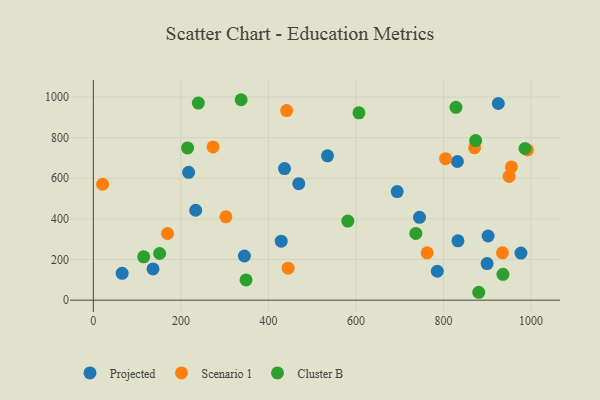
{"axis": {"x": "Ad Spend", "y": "Exam Score"}, "legend": ["Cluster B", "Projected", "Scenario 1"], "data": [{"x": "429.2", "y": 290.5, "type": "Projected"}, {"x": "345.1", "y": 217.4, "type": "Projected"}, {"x": "785.7", "y": 142.2, "type": "Projected"}, {"x": "832.9", "y": 291.9, "type": "Projected"}, {"x": "925.1", "y": 967.9, "type": "Projected"}, {"x": "469.3", "y": 573.5, "type": "Projected"}, {"x": "901.8", "y": 315.9, "type": "Projected"}, {"x": "694.1", "y": 534.4, "type": "Projected"}, {"x": "899.5", "y": 179.9, "type": "Projected"}, {"x": "976.8", "y": 231.9, "type": "Projected"}, {"x": "436.7", "y": 647.5, "type": "Projected"}, {"x": "534.9", "y": 710.6, "type": "Projected"}, {"x": "217.6", "y": 629.3, "type": "Projected"}, {"x": "831.7", "y": 682.4, "type": "Projected"}, {"x": "136.3", "y": 153.6, "type": "Projected"}, {"x": "65.8", "y": 131.9, "type": "Projected"}, {"x": "233.8", "y": 442.5, "type": "Projected"}, {"x": "745.1", "y": 407.6, "type": "Projected"}, {"x": "273.5", "y": 754.3, "type": "Scenario 1"}, {"x": "804.6", "y": 696.2, "type": "Scenario 1"}, {"x": "762.5", "y": 233.0, "type": "Scenario 1"}, {"x": "870.9", "y": 750.2, "type": "Scenario 1"}, {"x": "302.8", "y": 410.1, "type": "Scenario 1"}, {"x": "934.5", "y": 233.0, "type": "Scenario 1"}, {"x": "991.5", "y": 739.6, "type": "Scenario 1"}, {"x": "169.5", "y": 328.2, "type": "Scenario 1"}, {"x": "441.6", "y": 933.1, "type": "Scenario 1"}, {"x": "949.9", "y": 609.2, "type": "Scenario 1"}, {"x": "21.2", "y": 570.6, "type": "Scenario 1"}, {"x": "445.0", "y": 157.5, "type": "Scenario 1"}, {"x": "955.1", "y": 655.8, "type": "Scenario 1"}, {"x": "986.0", "y": 746.4, "type": "Cluster B"}, {"x": "935.7", "y": 127.2, "type": "Cluster B"}, {"x": "873.4", "y": 785.5, "type": "Cluster B"}, {"x": "337.5", "y": 986.6, "type": "Cluster B"}, {"x": "828.3", "y": 949.0, "type": "Cluster B"}, {"x": "736.7", "y": 328.4, "type": "Cluster B"}, {"x": "880.4", "y": 38.8, "type": "Cluster B"}, {"x": "348.8", "y": 99.6, "type": "Cluster B"}, {"x": "215.3", "y": 749.5, "type": "Cluster B"}, {"x": "606.7", "y": 922.3, "type": "Cluster B"}, {"x": "581.3", "y": 389.2, "type": "Cluster B"}, {"x": "239.8", "y": 970.2, "type": "Cluster B"}, {"x": "151.4", "y": 229.7, "type": "Cluster B"}, {"x": "115.0", "y": 213.1, "type": "Cluster B"}]}